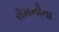
રોમનોના